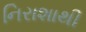
નિરાશાથી